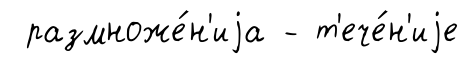
размноже́н'иjа - т'ече́н'иjе